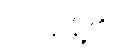
ယင်းမြို့၏